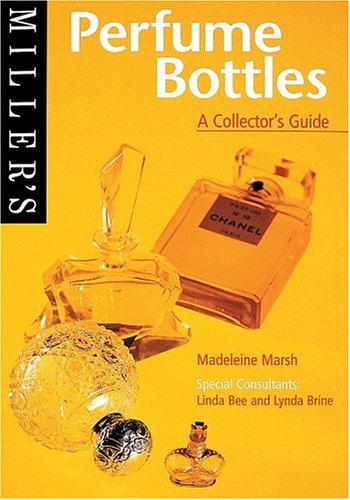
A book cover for Miller's Perfume Bottles: A Collector's Guide (Miller's Collector's Guides); Madeleine Marsh; Crafts, Hobbies & Home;